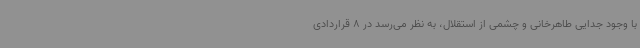
با وجود جدایی طاهرخانی و چشمی از استقلال، به نظر می‌رسد در 8 قراردادی